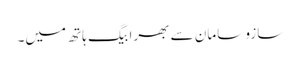
سازو سامان سے بھرا بیگ ہاتھ میں۔